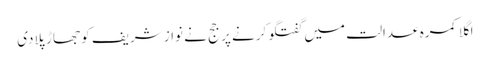
اگلا کمرہ عدالت میں گفتگو کرنے پر جج نے نواز شریف کو جھاڑ پلادی